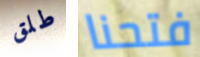
طلق فتحنا